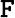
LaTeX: \mathtt{F}